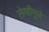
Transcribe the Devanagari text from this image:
लेव्हीमुळे